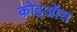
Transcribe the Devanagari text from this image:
कोइऑस